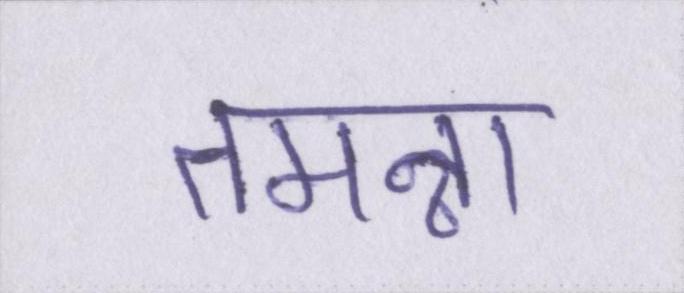
तमन्ना